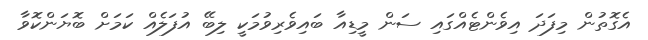
އެގޮތުން މިފަދަ އިވެންޓެއްގައި ސަން މީޑިއާ ބައިވެރިވުމަކީ ލިބޭ އުފަލެއް ކަމަށް ބޮޔަންކޮވާ